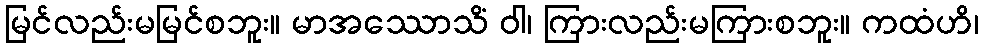
မြင်လည်းမမြင်စဘူး။ မာအဿောသိံ ဝါ၊ ကြားလည်းမကြားစဘူး။ ကထံဟိ၊